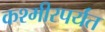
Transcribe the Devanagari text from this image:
कश्मीरपर्यंत